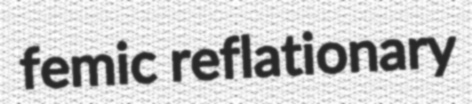
femic reflationary